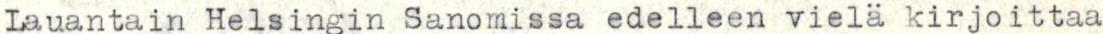
Lauantain Helsingin Sanomissa edelleen vielä kirjoittaa